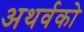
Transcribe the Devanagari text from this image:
अथर्वको